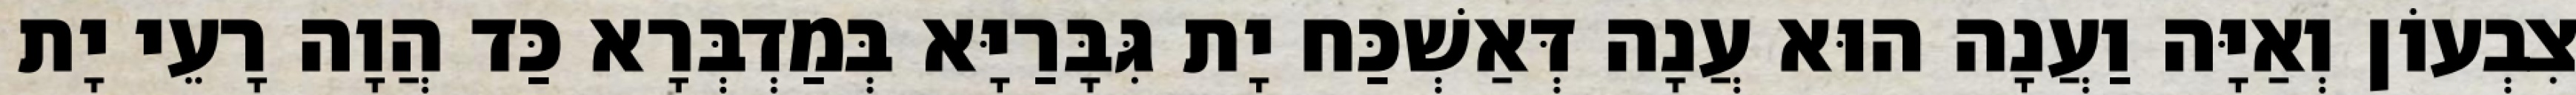
צִבְעוֹן וְאַיָּה וַעֲנָה הוּא עֲנָה דְּאַשְׁכַּח יָת גִּבָּרַיָּא בְּמַדְבְּרָא כַּד הֲוָה רָעֵי יָת